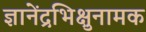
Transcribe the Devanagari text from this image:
ज्ञानेंद्रभिक्षुनामक